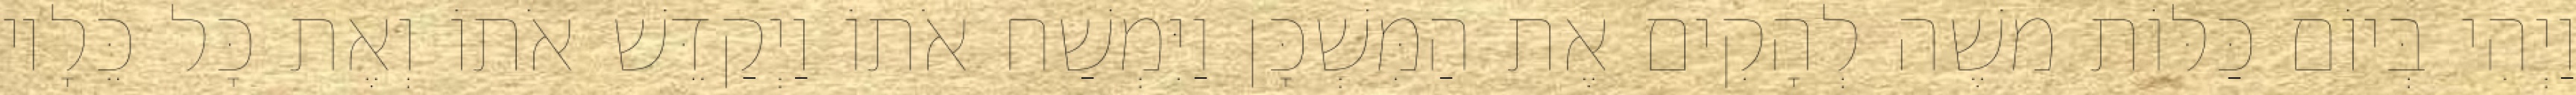
וַיְהִי בְּיוֹם כַּלּוֹת משֶׁה לְהָקִים אֶת הַמִּשְׁכָּן וַיִּמְשַׁח אֹתוֹ וַיְקַדֵּשׁ אֹתוֹ וְאֶת כָּל כֵּלָיו